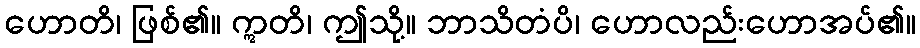
ဟောတိ၊ ဖြစ်၏။ ဣတိ၊ ဤသို့။ ဘာသိတံပိ၊ ဟောလည်းဟောအပ်၏။